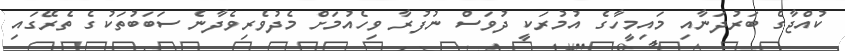
ކުއްޖާގެ ބަރުދަނާއި މައިމީހާގެ އުމުރަކީ ދުވަސް ނުފުރާ ވިހެއުމަށް މެދުވެރިވެދާނެ ސަބަބުތަކުގެ ތެރޭގައި